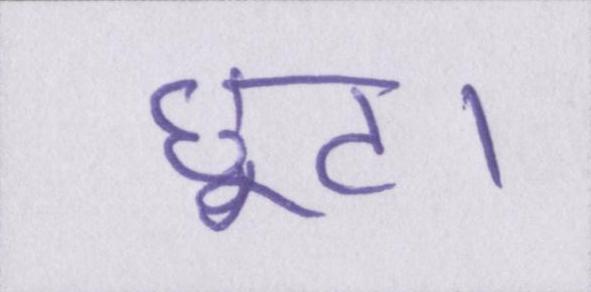
छूट।